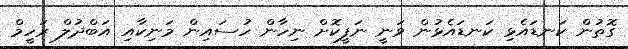
ގޮތުން ކަނޑައެޅި ކަނޑައެޅުން ވަނީ ނަފީކޮށް ނިހާން ހުސައިން މަނިކާއި އަބްދުލް ރަހީމް